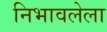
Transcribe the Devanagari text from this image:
निभावलेला